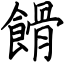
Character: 餶